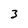
Character: 3